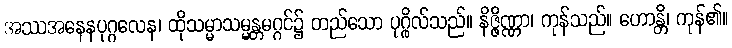
အဿအနေနပုဂ္ဂလေန၊ ထိုသမ္မာသမ္မန္တမဂ္ဂင်၌ တည်သော ပုဂ္ဂိုလ်သည်။ နိဇ္ဇိဏ္ဏာ၊ ကုန်သည်။ ဟောန္တိ၊ ကုန်၏။